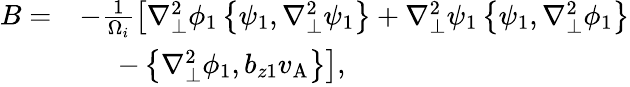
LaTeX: \begin{array}{rl}{B=}&{-\frac{1}{\Omega_{i}}\left[\nabla_{\perp}^{2}\phi_{1}\left\{ \psi_{1},\nabla_{\perp}^{2}\psi_{1}\right\} +\nabla_{\perp}^{2}\psi_{1}\left\{ \psi_{1},\nabla_{\perp}^{2}\phi_{1}\right\} \right.}\\ &{\phantom{\frac{1}{\Omega_{i}}}\left.-\left\{ \nabla_{\perp}^{2}\phi_{1},b_{z1}v_{\mathrm{A}}\right\} \right],}\end{array}